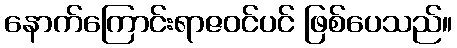
နောက်ကြောင်းရာဇဝင်ပင် ဖြစ်ပေသည်။